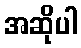
အဆိုပါ